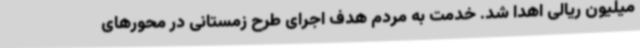
میلیون ریالی اهدا شد. خدمت به مردم هدف اجرای طرح زمستانی در محورهای